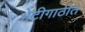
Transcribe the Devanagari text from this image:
भेटीगाठीत